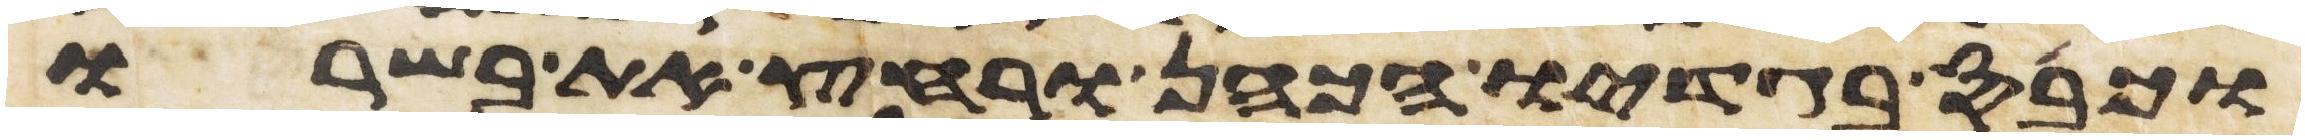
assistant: וכבס בגדיו הכהן ורחץ את בשרו